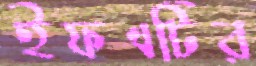
ইফএটির